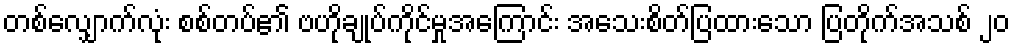
တစ်လျှောက်လုံး စစ်တပ်၏ ဗဟိုချုပ်ကိုင်မှုအကြောင်း အသေးစိတ်ပြထားသော ပြတိုက်အသစ် ၂၀